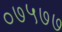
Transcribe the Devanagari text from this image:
०७५७७